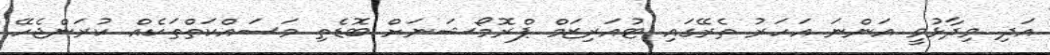
އަދި ވިދާޅުވީ އަންނަ އަހަރު ތެރޭގައި ޓުއަރިޒަމް ޕްރޮމޯޝަނަށް ބޮޑެތި މަސައްކަތްތަކެއް ކުރަންޖެހޭ